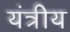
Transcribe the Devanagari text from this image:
यंत्रीय